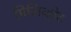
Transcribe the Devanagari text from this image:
मिलिव्होट